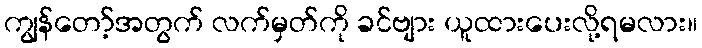
ကျွန်တော့်အတွက် လက်မှတ်ကို ခင်ဗျား ယူထားပေးလို့ရမလား။